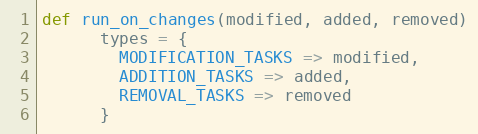
Language: Ruby
def run_on_changes(modified, added, removed)
      types = {
        MODIFICATION_TASKS => modified,
        ADDITION_TASKS => added,
        REMOVAL_TASKS => removed
      }